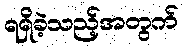
ရရှိခဲ့သည့်အတွက်